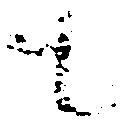
も